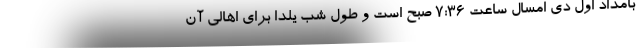
بامداد اول دی امسال ساعت ۷:۳۶ صبح است و طول شب یلدا برای اهالی آن